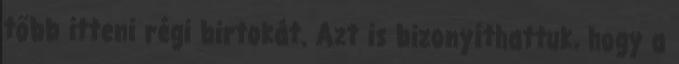
több itteni régi birtokát. Azt is bizonyíthattuk, hogy a